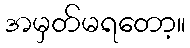
အမှတ်မရတော့။